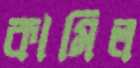
কামিল